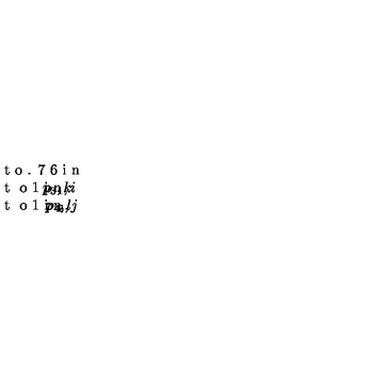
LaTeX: \vcenter t o . 7 6 i n { \special { e m : g r a p h 4 . p c x } \vss \mathrm { t } o 1 i n { \llap { p _ { 1 } , i } \hss p _ { 3 } , k } \vss \mathrm { t } o 1 i n { \llap { p _ { 2 } , j } \hss p _ { 4 } , l } \vss }